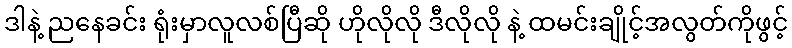
ဒါနဲ့ ညနေခင်း ရုံးမှာလူလစ်ပြီဆို ဟိုလိုလို ဒီလိုလို နဲ့ ထမင်းချိုင့်အလွတ်ကိုဖွင့်